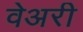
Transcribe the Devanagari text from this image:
वेअरी